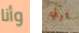
وأنا توني